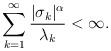
LaTeX: \begin{align*}\sum_{k=1}^{\infty}\frac{|\sigma_k|^{\alpha}}{\lambda_k} < \infty.\end{align*}